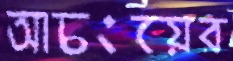
আচংয়ের